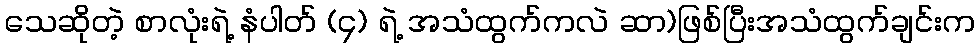
သေဆိုတဲ့ စာလုံးရဲ့ နံပါတ် (၄) ရဲ့ အသံထွက်ကလဲ ဆာ)ဖြစ်ပြီးအသံထွက်ချင်းက